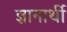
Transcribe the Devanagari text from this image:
ज्ञानार्थी